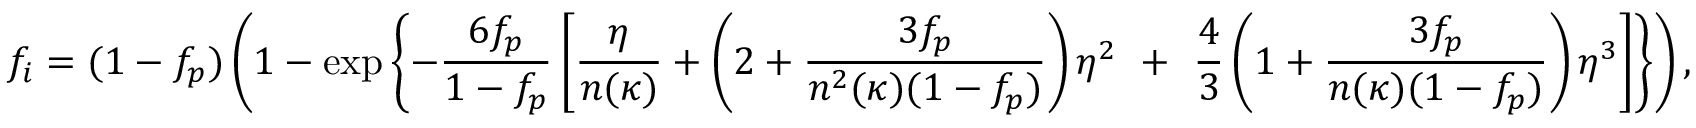
f _ { i } = ( 1 - f _ { p } ) \left( 1 - \exp \left\{ - \frac { 6 f _ { p } } { 1 - f _ { p } } \left[ \frac { \eta } { n ( \kappa ) } + \left( 2 + \frac { 3 f _ { p } } { n ^ { 2 } ( \kappa ) ( 1 - f _ { p } ) } \right) \eta ^ { 2 } \right. \right. \right. + \left. \left. \left. \frac { 4 } { 3 } \left( 1 + \frac { 3 f _ { p } } { n ( \kappa ) ( 1 - f _ { p } ) } \right) \eta ^ { 3 } \right] \right\} \right) ,